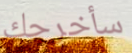
سأخرجك